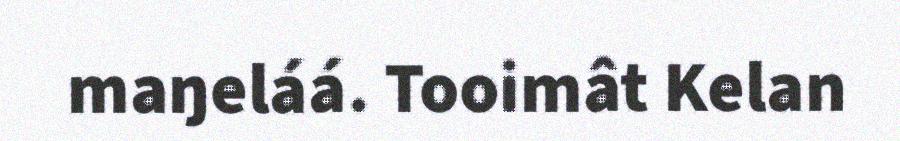
maŋeláá. Tooimât Kelan